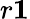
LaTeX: r\le 1